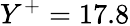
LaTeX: Y^{+}=17.8